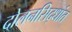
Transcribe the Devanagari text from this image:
दोलनसिद्धांत